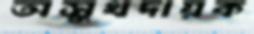
অসুখদায়ক